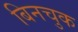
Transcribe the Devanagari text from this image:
बिनचुक